Lunatic asylums United Provinces 1899-1908 - 1899-1908
Year: 1899
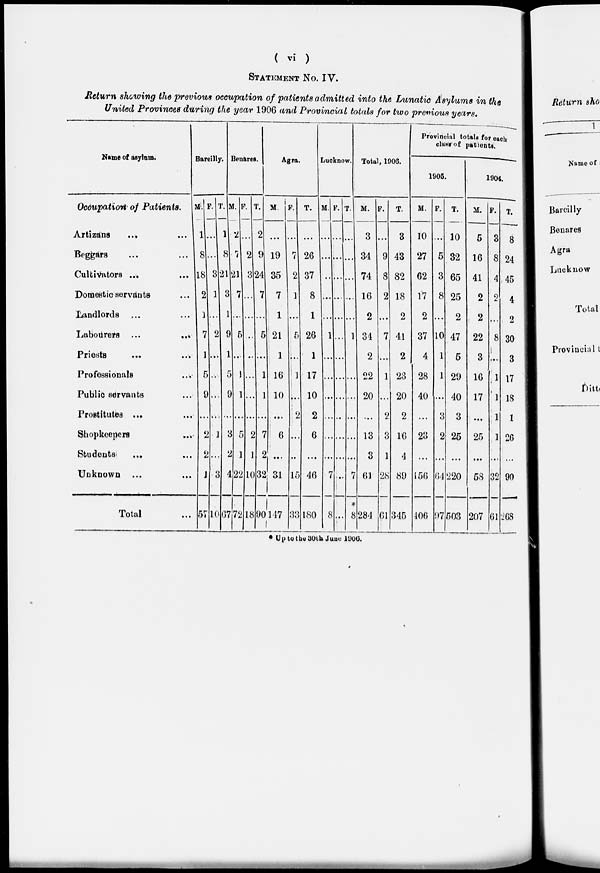
( vi )
STATEMENT NO. IV.
Return showing the previous occupation of patients admitted into the Lunatic Asylums in the
United Provinces during the year 1906 and Provincial totals for two previous years.
Name of asylum.
Occupation of Patients.
Artizans
...
...
Beggars ... ...
Cultivators ... ...
Domestic servants ...
Landlords ... ...
Labourers ...
...
Priests ... ...
Professionals ...
Public servants ...
Prostitutes ... ...
Shopkeepers ...
Students ... ...
Unknown ... ...
Total ...
Bareilly.
M.
1
8
18
2
1
7
1
5
9
...
2
2
1
57
F.
...
...
3
1
...
2
...
...
...
...
1
...
3
10
T.
1
8
21
3
1
9
1
5
9
...
3
2
4
67
Benares.
M.
2
7
21
7
...
5
...
1
1
...
5
1
22
72
F.
...
2
3
...
...
...
...
...
...
...
2
1
10
18
T.
2
9
24
7
...
5
...
1
1
...
7
2
32
90
Agra.
M.
...
19
35
7
1
21
1
16
10
...
6
...
31
147
F.
...
7
2
1
...
5
...
1
...
2
...
...
15
33
T.
...
26
37
8
1
26
1
17
10
2
6
...
46
180
Lucknow.
M.
...
...
...
...
...
1
...
..
...
...
...
...
7
8
F.
...
...
...
...
...
...
...
...
...
...
...
...
...
...
T.
...
...
...
...
...
1
...
...
...
...
...
...
7
* 8
Total, 1906.
M.
3
34
74
16
2
34
2
22
20
...
13
3
61
284
F.
...
9
8
2
...
7
...
1
...
2
3
1
28
61
T.
3
43
82
18
2
41
2
23
20
2
16
4
89
345
Provincial totals for each
class of patients.
1905.
M.
10
27
62
17
2
37
4
28
40
...
23
...
156
406
F.
...
5
3
8
...
10
1
1
...
3
2
...
64
97
T.
10
32
65
25
2
47
5
29
40
3
25
...
220
503
1904.
M.
5
16
41
2
2
22
3
16
17
...
25
...
58
207
F.
3
8
4
2
...
8
...
1
1
1
1
...
32
61
T.
8
24
45
4
2
30
3
17
18
1
26
...
90
268
* Up to the 30th June 1906.